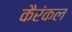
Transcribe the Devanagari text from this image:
कैरंकल